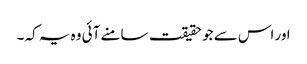
اور اس سے جو حقیقت سامنے آئی وہ یہ کہ ۔